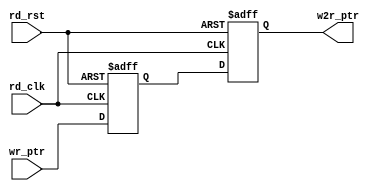
module sync_w2r#(
    parameter DSIZE = 8,
    parameter ASIZE = 4
)(
    input  [ASIZE:0] wr_ptr,
    input            rd_clk,
    input            rd_rst,
    output reg [ASIZE:0] w2r_ptr
);

reg [ASIZE:0] med_ptr2;
always@(posedge rd_clk or posedge rd_rst) begin
  if(rd_rst) begin
    w2r_ptr <= 0;
    med_ptr2 <= 0;
    //{w2r_ptr,med_ptr2} <= 0;
  end
  else begin
  //2 step reg to avoid yawentai
    w2r_ptr <= med_ptr2;
    med_ptr2 <= wr_ptr;
    //{w2r_ptr,med_ptr2} <= {med_ptr2,wr_ptr};
  end
end
endmodule